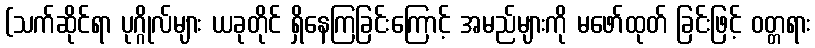
(သက်ဆိုင်ရာ ပုဂ္ဂိုလ်များ ယခုတိုင် ရှိနေကြခြင်းကြောင့် အမည်များကို မဖော်ထုတ် ခြင်းဖြင့် ဝတ္တရား